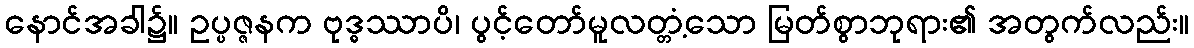
နောင်အခါ၌။ ဥပ္ပဇ္ဇနက ဗုဒ္ဓဿာပိ၊ ပွင့်တော်မူလတ္တံ့သော မြတ်စွာဘုရား၏ အတွက်လည်း။